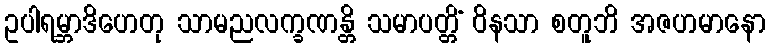
ဥပါရမ္ဘာဒိဟေတု သာမညလက္ခဏန္တိ သမာပတ္တိံ ဝိနသာ စတူဘိ အဇဟမာနော